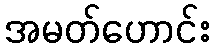
အမတ်ဟောင်း